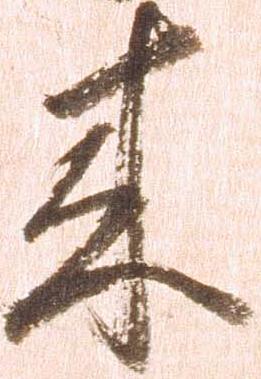
来